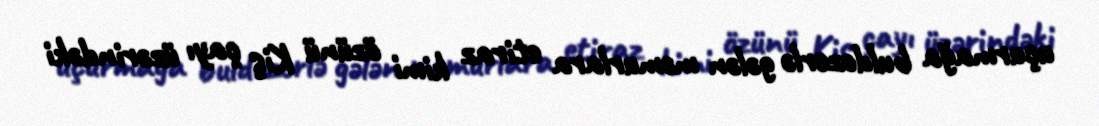
uçurmağa buldozerlə gələn məmurlara etiraz kimi özünü Kiş çayı üzərindəki